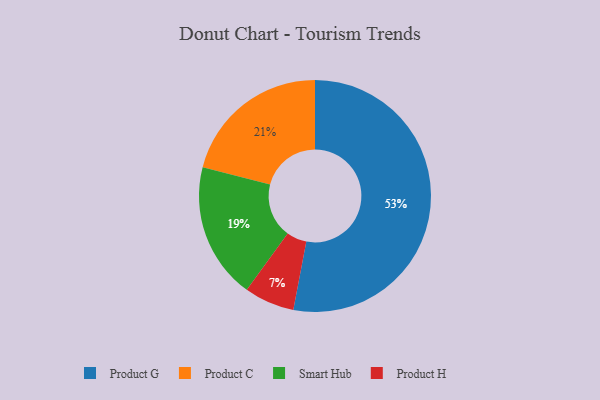
{"axis": {"x": "Category", "y": "Percentage"}, "legend": ["Product C", "Product G", "Product H", "Smart Hub"], "data": [{"x": "Smart Hub", "y": 19, "type": "Smart Hub"}, {"x": "Product C", "y": 21, "type": "Product C"}, {"x": "Product H", "y": 7, "type": "Product H"}, {"x": "Product G", "y": 53, "type": "Product G"}]}